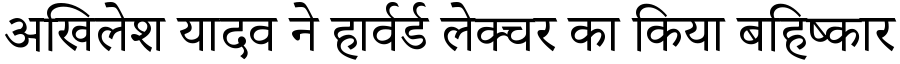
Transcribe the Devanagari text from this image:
अखिलेश यादव ने हार्वर्ड लेक्चर का किया बहिष्कार